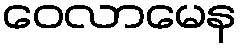
ဝေလာမေန